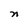
Character: n